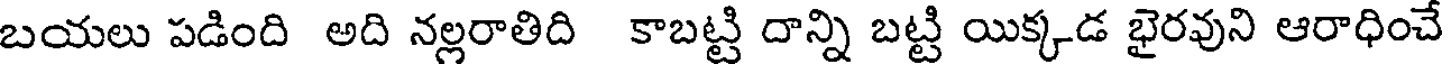
బయలు పడింది అది నల్లరాతిది కాబట్టి దాన్ని బట్టి యిక్కడ భైరవుని ఆరాధించే